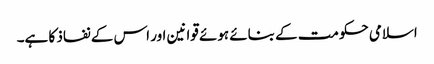
اسلامی حکومت کے بنائے ہوئے قوانین اور اس کے نفاذ کا ہے۔